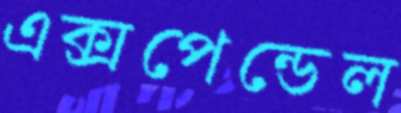
এক্সপেন্ডেল